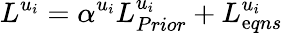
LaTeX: {{L}^{u_{i}}}=\alpha^{u_{i}}L_{Prior}^{u_{i}}+L_{\mathrm{e}qns}^{u_{i}}